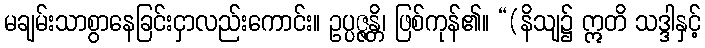
မချမ်းသာစွာနေခြင်းငှာလည်းကောင်း။ ဥပ္ပဇ္ဇန္တိ၊ ဖြစ်ကုန်၏။ “(နိသျ၌ ဣတိ သဒ္ဒါနှင့်